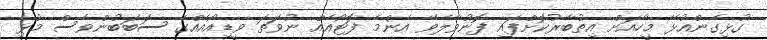
ގުޅިގެންއުޅޭ މީހާއަށް އިތުބާރުކޮށްފައި ފޮނުވާލެވޭ އެންމެ ފޮޓޯއެއް ނުވަތަ ވީޑިއޯއެއްގެ ސަބަބުންވެސް މުޅި